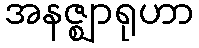
အနဇ္ဈာရုဟာ